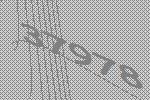
37978